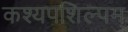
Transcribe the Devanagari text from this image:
कश्यपशिल्पम्